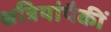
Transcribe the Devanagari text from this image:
क्षत्रियांपैकीं